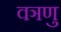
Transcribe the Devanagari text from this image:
वञणु